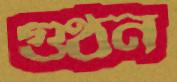
গুণ্ঠন